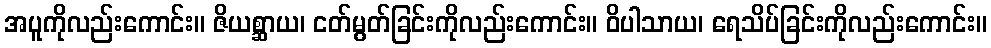
အပူကိုလည်းကောင်း။ ဇိယစ္ဆာယ၊ ငတ်မွတ်ခြင်းကိုလည်းကောင်း။ ဝိပါသာယ၊ ရေသိပ်ခြင်းကိုလည်းကောင်း။